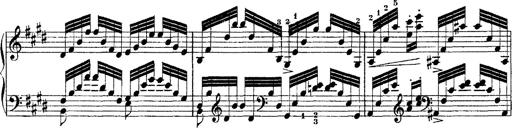
Title: Ã‰tudes d'exÃ©cution transcendante d'aprÃ¨s Paganini
Composer: Franz Liszt